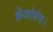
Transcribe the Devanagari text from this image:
क्रेओलेस।